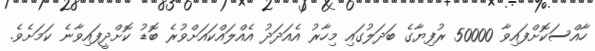
ހާއްސަކޮށްފައިވާ 50000 ރުފިޔާގެ ބަދަލުގައި މިހާރު އެއަދަދު އެއްލައްކައަށްވުރެ ބޮޑު ކޮށްދީފައިވާނެ ކަމަށެވެ.